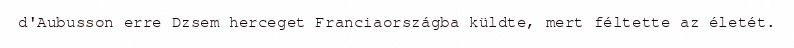
d'Aubusson erre Dzsem herceget Franciaországba küldte, mert féltette az életét.